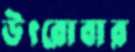
উৎরোবার